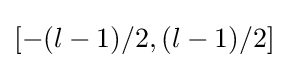
[-(l-1)/2,(l-1)/2]